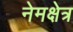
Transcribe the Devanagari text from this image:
नेमक्षेत्र